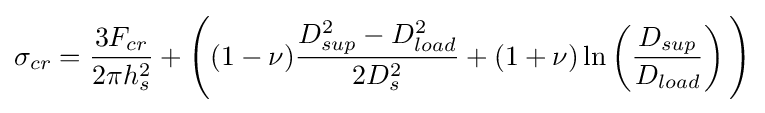
\sigma _{cr}={\frac {3F_{cr}}{2\pi h_{s}^{2}}}+{\Biggl (}(1-\nu ){\frac {D_{sup}^{2}-D_{load}^{2}}{2D_{s}^{2}}}+(1+\nu )\ln \left({\frac {D_{sup}}{D_{load}}}\right){\Biggr )}